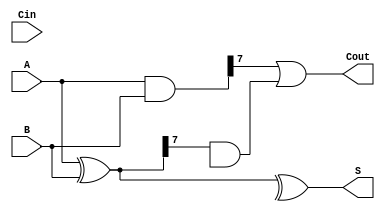
module KoggeStoneAdder #(parameter n = 8) (
    input  [n-1:0] A,      // First operand
    input  [n-1:0] B,      // Second operand
    input          Cin,     // Carry-in
    output [n-1:0] S,      // Sum output
    output         Cout     // Carry-out
);

    // Generate and Propagate signals
    wire [n-1:0] G; // Generate
    wire [n-1:0] P; // Propagate
    wire [n:0] C;   // Carry

    // Level 0: Compute G and P
    assign G = A & B;          // Generate
    assign P = A ^ B;          // Propagate

    // Level 1: Compute carries
    genvar i;
    generate
        for (i = 1; i < n; i = i * 2) begin : level1
            assign C[i] = G[i-1] | (P[i-1] & C[i-1]);
        end
    endgenerate

    // Level 2: Compute carries
    generate
        for (i = 2; i < n; i = i * 2) begin : level2
            assign C[i] = G[i-1] | (P[i-1] & C[i-1]);
        end
    endgenerate

    // Level 3: Compute carries
    generate
        for (i = 4; i < n; i = i * 2) begin : level3
            assign C[i] = G[i-1] | (P[i-1] & C[i-1]);
        end
    endgenerate

    // Final carry-out
    assign Cout = G[n-1] | (P[n-1] & C[n-1]);

    // Final sum calculation
    assign S = P ^ {C[n-1], C[n-2:n-1]}; // Adjusting for carry-in

endmodule